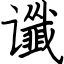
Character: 谶